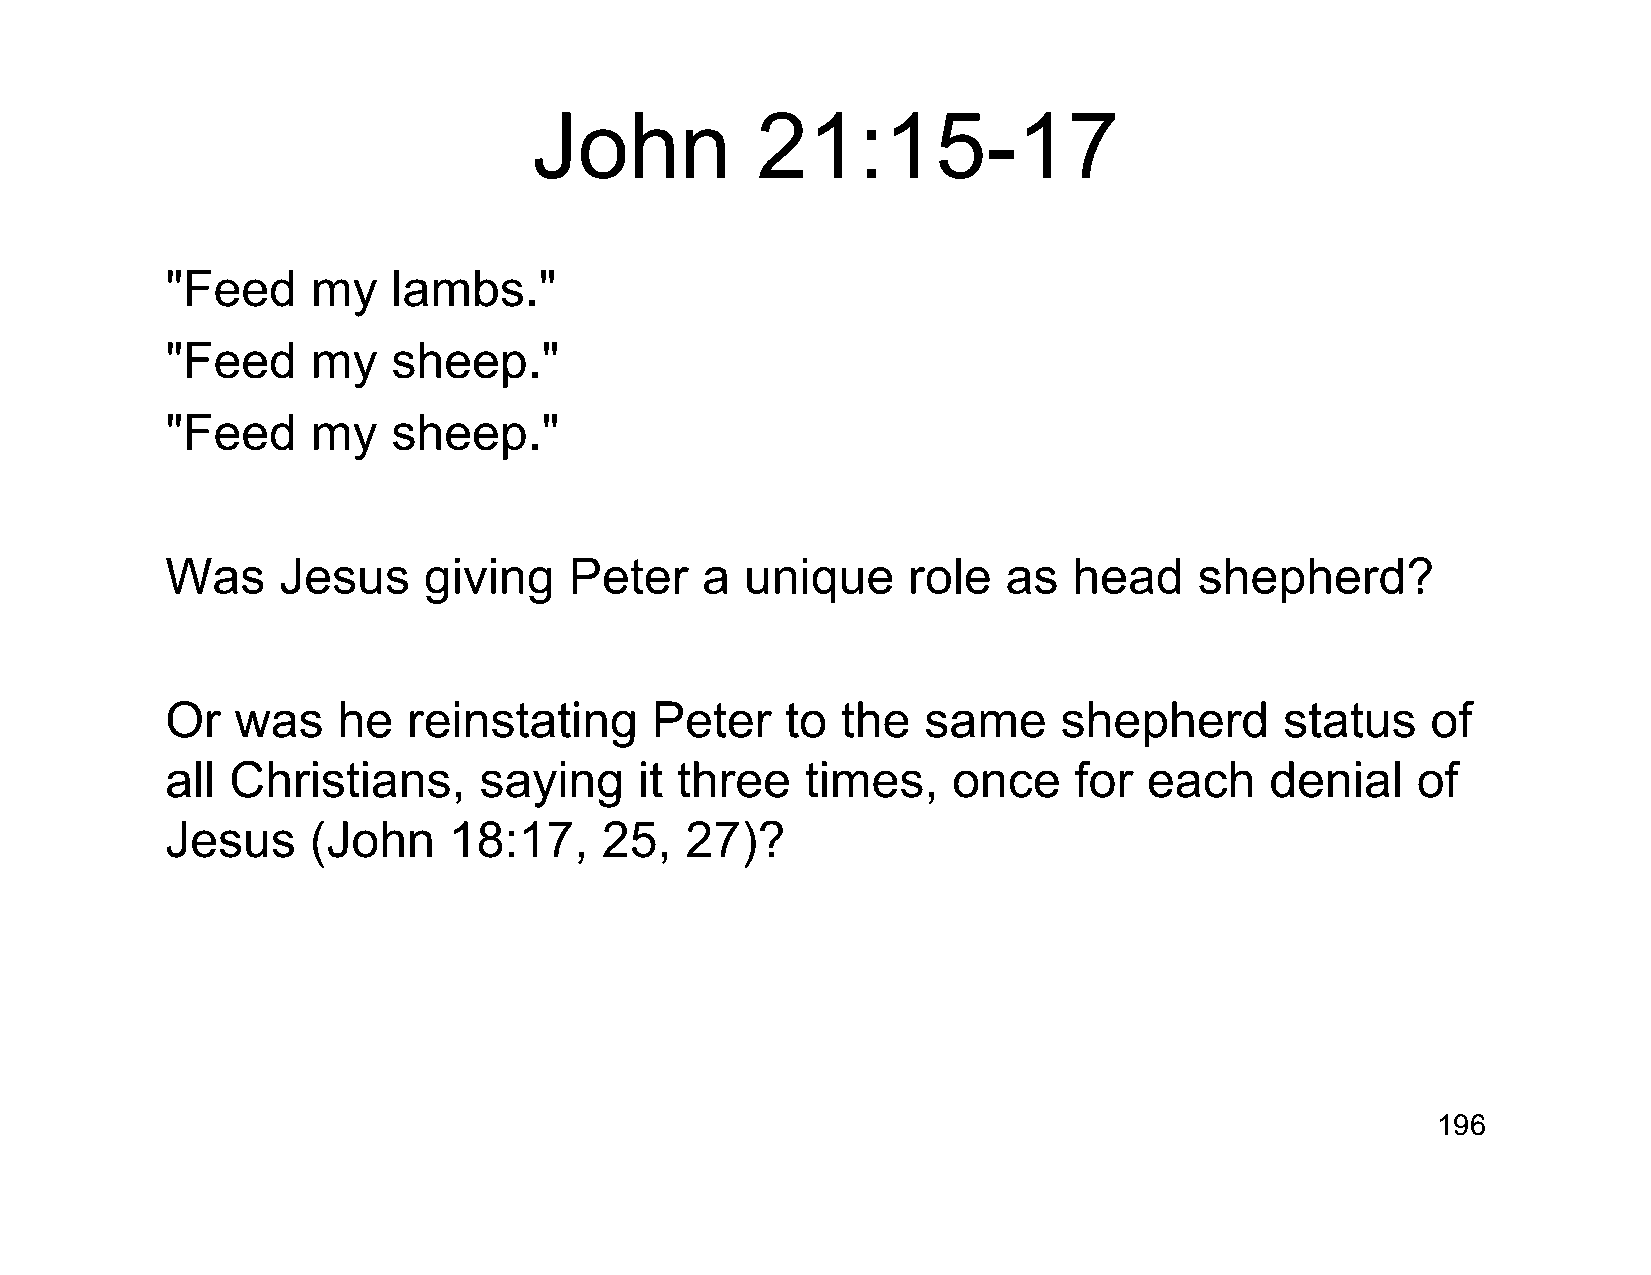
John           21:15-17
 "Feed     my   lambs."
 "Feed     my   sheep."
 "Feed     my   sheep."
 Was    Jesus     giving    Peter   a  unique     role   as  head    shepherd?
 Or   was   he   reinstating     Peter    to  the  same     shepherd       status    of
 all Christians,      saying    it three   times,    once    for  each    denial    of
 Jesus    (John     18:17,    25,  27)?
 196